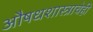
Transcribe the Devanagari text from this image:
औषधशास्त्राचेही